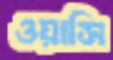
ওয়াসি